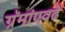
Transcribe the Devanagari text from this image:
ग्रॅमांएवढे